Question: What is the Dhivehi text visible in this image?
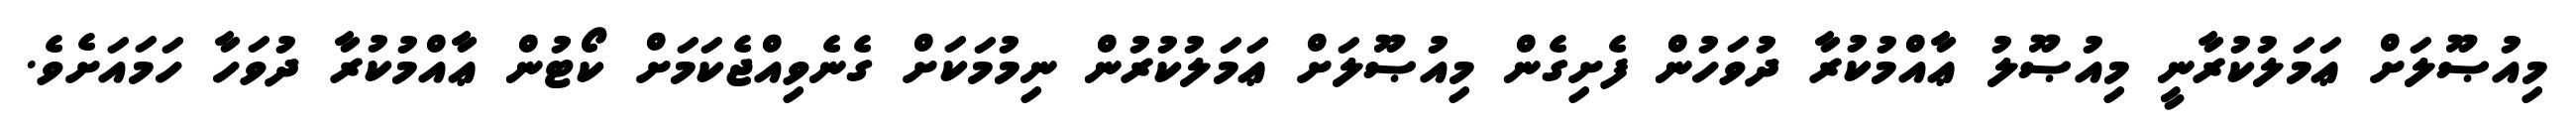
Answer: މިއުޞޫލަށް ޢަމަލުކުރާނީ މިއުޞޫލު ޢާއްމުކުރާ ދުވަހުން ފެށިގެން މިއުޞޫލަށް ޢަމަލުކުރުން ނިމުމަކަށް ގެނެވިއްޖެކަމަށް ކޯޓުން ޢާއްމުކުރާ ދުވަހާ ހަމައަށެވެ.